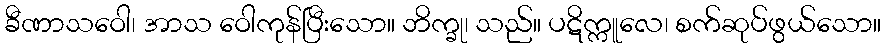
ခီဏာသဝေါ၊ အာသ ဝေါကုန်ပြီးသော။ ဘိက္ခု၊ သည်။ ပဋိက္ကူလေ၊ စက်ဆုပ်ဖွယ်သော။